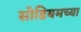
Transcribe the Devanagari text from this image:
सोडियमच्या